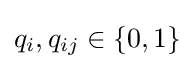
q_{i},q_{ij}\in \{0,1\}